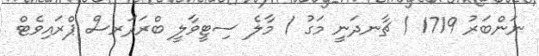
ނަންބަރު 1719 / ޗާނދަނީ މަގު / މާލެ ސިޓީވާލީ ބްރަދަރސް ޕްރައިވެޓް